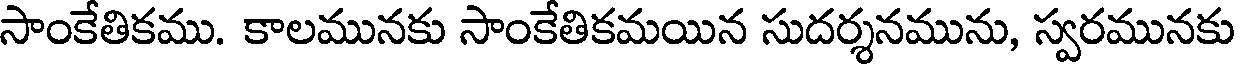
సాంకేతికము. కాలమునకు సాంకేతికమయిన సుదర్శనమును, స్వరమునకు